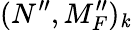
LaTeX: (N^{\prime\prime},M_{F}^{\prime\prime})_{\mathit{k}}